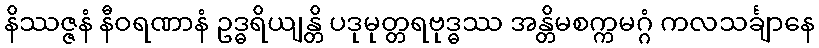
နိဿဇ္ဇနံ နီဝရဏာနံ ဥဒ္ဓရိယျန္တိ ပဒုမုတ္တရဗုဒ္ဓဿ အန္တိမစက္ကမဂ္ဂံ ကလသင်္ချာနေ